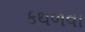
કથળવા